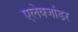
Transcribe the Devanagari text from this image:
एलेक्जांडर